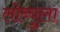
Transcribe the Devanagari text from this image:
लोब्युला